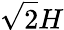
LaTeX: \sqrt{2}H